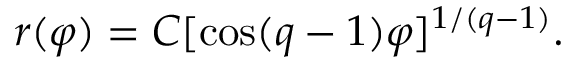
r ( \varphi ) = C [ \cos ( q - 1 ) \varphi ] ^ { 1 / ( q - 1 ) } .